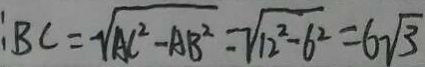
: B C = \sqrt { A C ^ { 2 } - A B ^ { 2 } } = \sqrt { 1 2 ^ { 2 } - 6 ^ { 2 } } = 6 \sqrt { 3 }